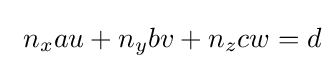
\ n_{x}au+n_{y}bv+n_{z}cw=d